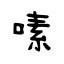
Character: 嗉